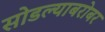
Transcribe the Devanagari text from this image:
सोडल्याबरोबर